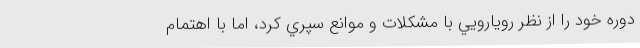
دوره خود را از نظر رويارويي با مشكلات و موانع سپري كرد، اما با اهتمام